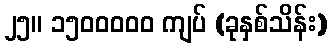
၂၅။ ၁၅၀၀၀၀၀ ကျပ် (ခုနှစ်သိန်း)